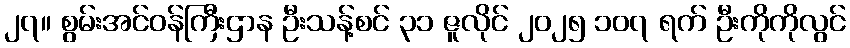
၂၇။ စွမ်းအင်ဝန်ကြီးဌာန ဦးသန့်စင် ၃၁ ဇူလိုင် ၂၀၂၅ ၁၀၇ ရက် ဦးကိုကိုလွင်